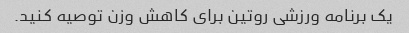
یک برنامه ورزشی روتین برای کاهش وزن توصیه کنید.